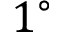
1 ^ { \circ }